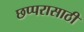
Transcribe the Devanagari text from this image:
छप्परासाठी